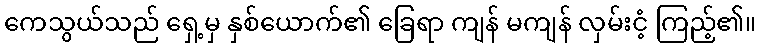
ကေသွယ်သည် ရှေ့မှ နှစ်ယောက်၏ ခြေရာ ကျန် မကျန် လှမ်းငံ့ ကြည့်၏။